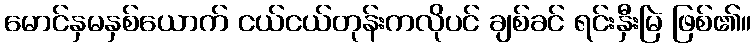
မောင်နှမနှစ်ယောက် ငယ်ငယ်တုန်းကလိုပင် ချစ်ခင် ရင်းနှီးမြဲ ဖြစ်၏။